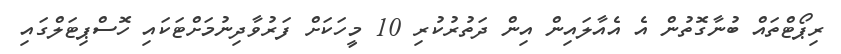
ރިޕޯޓްތައް ބުނާގޮތުން އެ އެއާލައިން އިން ދަތުރުކުރި 10 މީހަކަށް ފަރުވާދިނުމަށްޓަކައި ހޮސްޕިޓަލްގައި